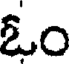
ఓం